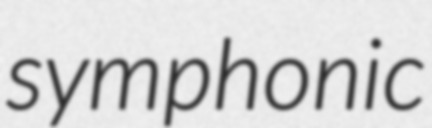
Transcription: symphonic